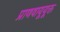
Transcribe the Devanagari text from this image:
प्राणवायूयूक्त